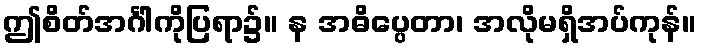
ဤစိတ်အင်္ဂါကိုပြရာ၌။ န အဓိပ္ပေတာ၊ အလိုမရှိအပ်ကုန်။